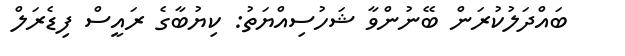
ބައްދަލުކުރަން ބޭނުންވާ ޝަހުސިއްޔަތު: ކިޔުބާގެ ރައީސް ފިޑެރަލް